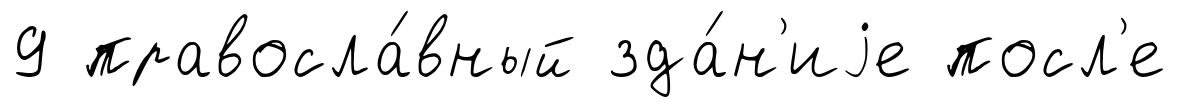
9 правосла́вный зда́н'иjе посл'е